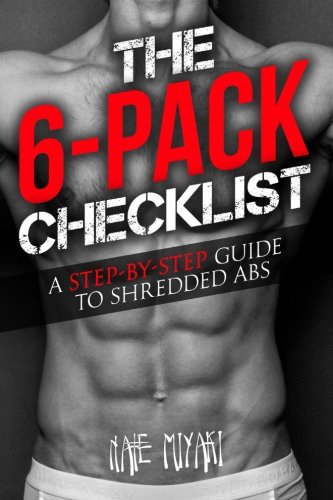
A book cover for The 6-Pack Checklist: A Step-by-Step Guide to Shredded Abs; Nate Miyaki; Health, Fitness & Dieting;